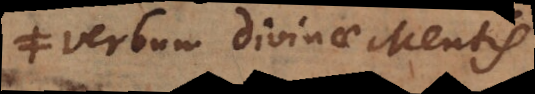
is verbum divinae Mentis